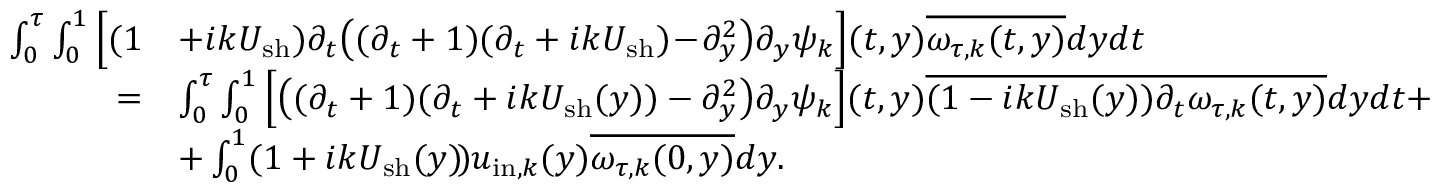
\begin{array} { r l } { \int _ { 0 } ^ { \tau } \int _ { 0 } ^ { 1 } \Big [ ( 1 } & { + i k U _ { \mathrm { s h } } ) \partial _ { t } \big ( ( \partial _ { t } + 1 ) ( \partial _ { t } + i k U _ { \mathrm { s h } } ) \! - \! \partial _ { y } ^ { 2 } \big ) \partial _ { y } \psi _ { k } \Big ] ( t , y ) \overline { { \omega _ { \tau , k } ( t , y ) } } d y d t } \\ { = } & { \int _ { 0 } ^ { \tau } \int _ { 0 } ^ { 1 } \Big [ \big ( ( \partial _ { t } + 1 ) ( \partial _ { t } + i k U _ { \mathrm { s h } } ( y ) ) - \partial _ { y } ^ { 2 } \big ) \partial _ { y } \psi _ { k } \Big ] ( t , y ) \overline { { ( 1 - i k U _ { \mathrm { s h } } ( y ) ) \partial _ { t } \omega _ { \tau , k } ( t , y ) } } d y d t + } \\ & { + \int _ { 0 } ^ { 1 } ( 1 + i k U _ { \mathrm { s h } } ( y ) \! ) u _ { \mathrm { i n } , k } ( y ) \overline { { \omega _ { \tau , k } ( 0 , y ) } } d y . } \end{array}